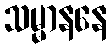
သမ္မာနနေ